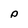
Character: P